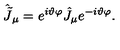
\hat { \tilde { J } } _ { \mu } = e ^ { i \vartheta \varphi } \hat { J } _ { \mu } e ^ { - i \vartheta \varphi } .